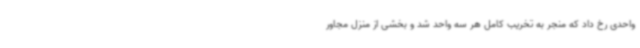
واحدی رخ داد که منجر به تخریب کامل هر سه واحد شد و بخشی از منزل مجاور